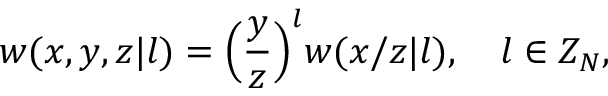
w ( x , y , z | l ) = { \Bigl ( } { \frac { y } { z } } { \Bigr ) } ^ { l } w ( x / z | l ) , \quad l \in Z _ { N } ,